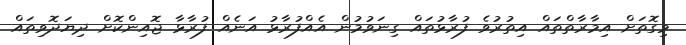
މިގޮތަށް އިމާރާތްތައް އިތުރުވެ ފުރާޅުތައް ގިނަވުމުން އެއްފުރާޅު އަނެއް ފުރާޅާ ޖޮއިންކޮށް ދިޔަދޮވިތައް